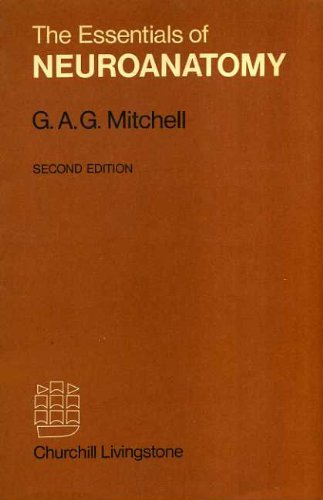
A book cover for Essentials of Neuroanatomy; G.A.G. Mitchell; Medical Books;